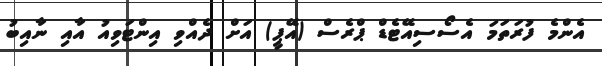
އެންމެ ފުރަތަމަ އެސޯސިއޭޓެޑް ޕްރެސް (އޭޕީ) އަށް ދެއްވި އިންޓަވިއު އާއި ނާއިބު